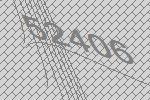
52406